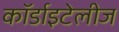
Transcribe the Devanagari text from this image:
कॉर्डाइटेलीज